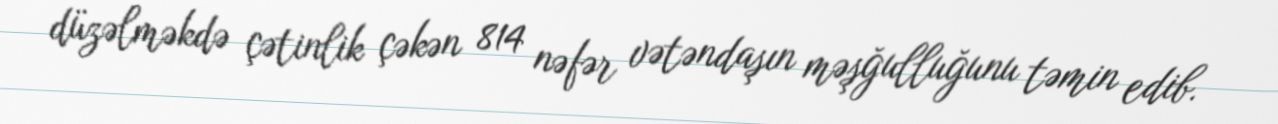
düzəlməkdə çətinlik çəkən 814 nəfər vətəndaşın məşğulluğunu təmin edib.